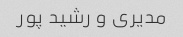
مدیری و رشید پور